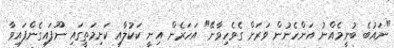
"ނައުބެ ބުނީމެއްނު އަންހެނުން ވަރަށް ގެވެހިވާނޭ" އަހަރެން އިނީ ކަކުލާއި ކަށިމަތީގައި ނޫފައިގެންފައިވާ